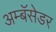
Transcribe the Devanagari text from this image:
अम्बॅसेडर